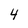
Character: 4